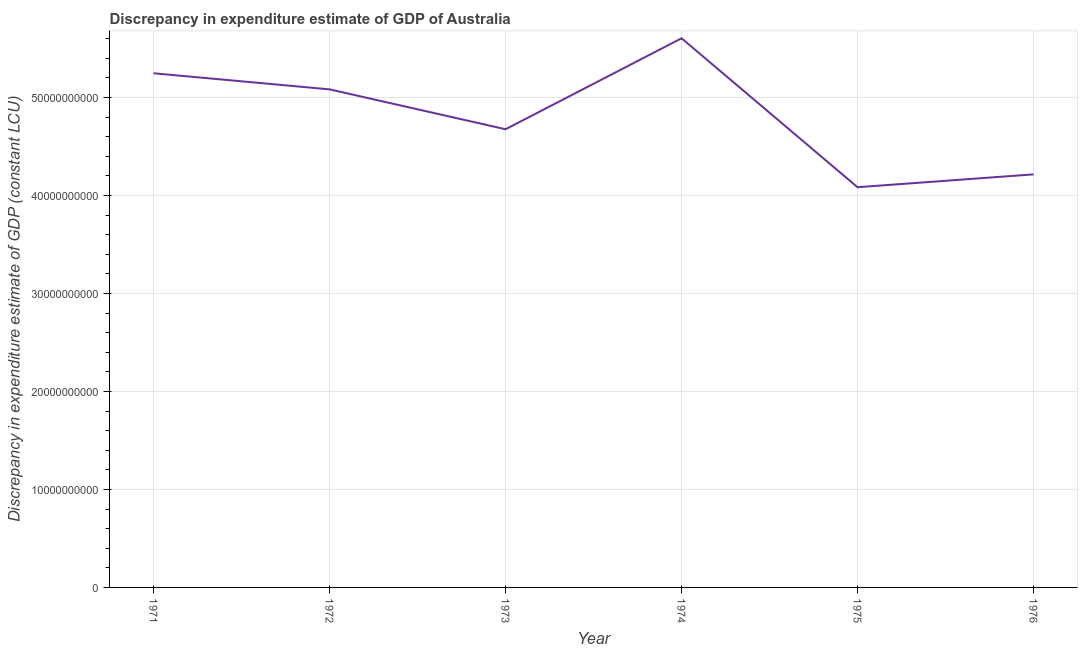
| Year | Discrepancy constant LCU |
 | --- | --- |
 | 1971 | 5.25e+10 |
 | 1972 | 5.08e+10 |
 | 1973 | 4.68e+10 |
 | 1974 | 5.61e+10 |
 | 1975 | 4.08e+10 |
 | 1976 | 4.22e+10 |